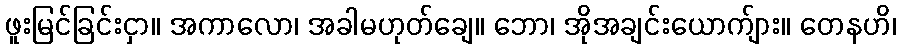
ဖူးမြင်ခြင်းငှာ။ အကာလော၊ အခါမဟုတ်ချေ။ ဘော၊ အိုအချင်းယောက်ျား။ တေနဟိ၊